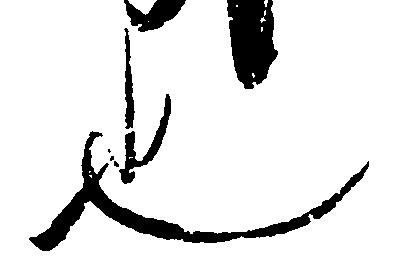
也